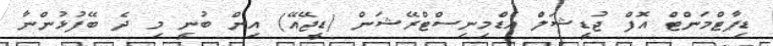
ޑިޕާޓްމަންޓް އޮފް ޖުޑީޝަލް އެޑްމިނިސްޓްރޭޝަން (ޑީޖޭއޭ) އިން ބުނީ މި ދެ ބޭފުޅުންނާ